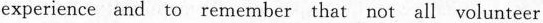
experience and to remember that not all volunteer